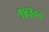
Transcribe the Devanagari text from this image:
१४३००